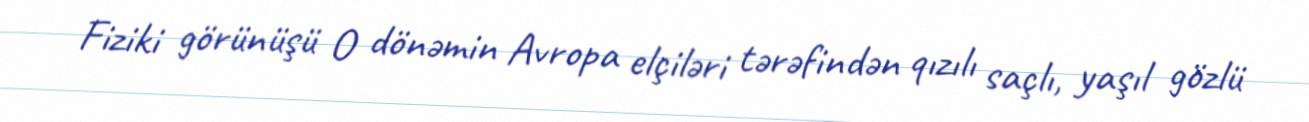
Fiziki görünüşü O dönəmin Avropa elçiləri tərəfindən qızılı saçlı, yaşıl gözlü